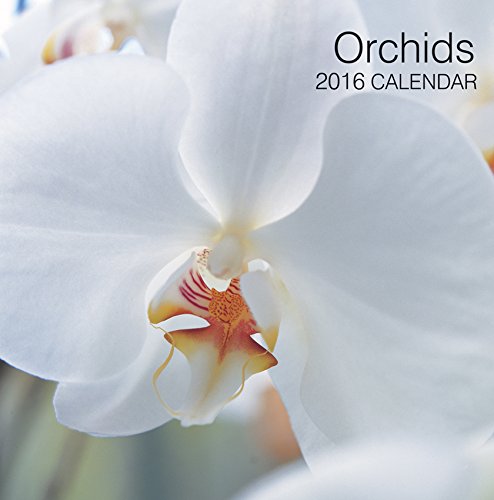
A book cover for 2016 Calendar: Orchids; Peony Press; Calendars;